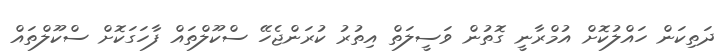
ދަތިކަން ހައްލުކޮށް އުމްރާނީ ގޮތުން ވަސީލަތް އިތުރު ކުރަންޖެހޭ ސްކޫލްތައް ފާހަގަކޮށް ސްކޫލްތައް